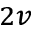
_ { 2 v }